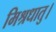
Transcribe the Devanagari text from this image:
मिश्रधातु।